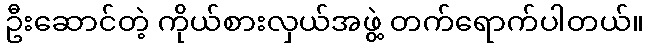
ဦးဆောင်တဲ့ ကိုယ်စားလှယ်အဖွဲ့ တက်ရောက်ပါတယ်။